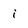
Character: i